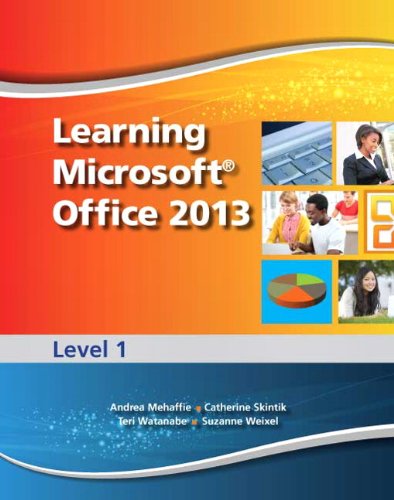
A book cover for Learning Microsoft Office 2013: Level 1; Andrea Mehaffie; Computers & Technology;